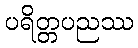
ပရိတ္တပညဿ